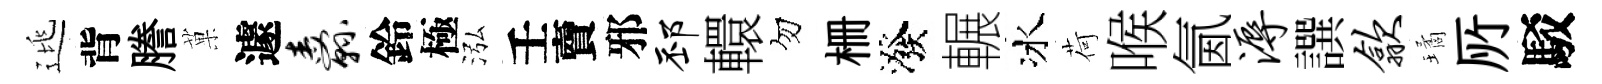
逃背謄菓遽纛鈴極泓壬𧶠邪邳轘勿栅潑輾冰荷喉氤溽譔歙璚𠩄駁